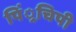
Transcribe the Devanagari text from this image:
पिं्रचिपी